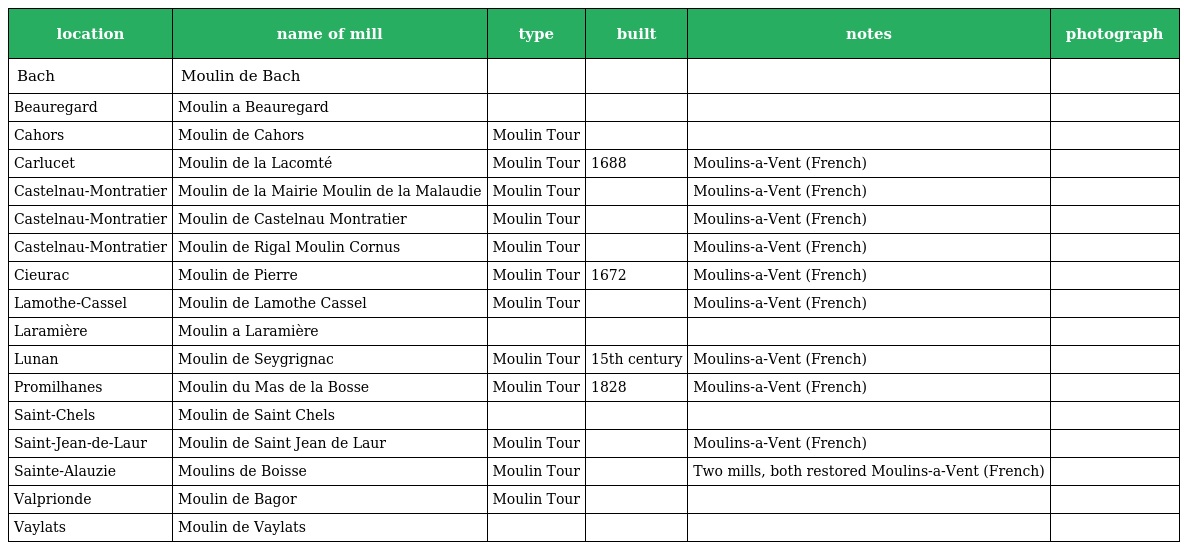
| location | name of mill | type | built | notes | photograph |
 | --- | --- | --- | --- | --- | --- |
 | Bach | Moulin de Bach |  |  |  |  |
 | Beauregard | Moulin a Beauregard |  |  |  |  |
 | Cahors | Moulin de Cahors | Moulin Tour |  |  |  |
 | Carlucet | Moulin de la Lacomté | Moulin Tour | 1688 | Moulins-a-Vent (French) |  |
 | Castelnau-Montratier | Moulin de la Mairie Moulin de la Malaudie | Moulin Tour |  | Moulins-a-Vent (French) |  |
 | Castelnau-Montratier | Moulin de Castelnau Montratier | Moulin Tour |  | Moulins-a-Vent (French) |  |
 | Castelnau-Montratier | Moulin de Rigal Moulin Cornus | Moulin Tour |  | Moulins-a-Vent (French) |  |
 | Cieurac | Moulin de Pierre | Moulin Tour | 1672 | Moulins-a-Vent (French) |  |
 | Lamothe-Cassel | Moulin de Lamothe Cassel | Moulin Tour |  | Moulins-a-Vent (French) |  |
 | Laramière | Moulin a Laramière |  |  |  |  |
 | Lunan | Moulin de Seygrignac | Moulin Tour | 15th century | Moulins-a-Vent (French) |  |
 | Promilhanes | Moulin du Mas de la Bosse | Moulin Tour | 1828 | Moulins-a-Vent (French) |  |
 | Saint-Chels | Moulin de Saint Chels |  |  |  |  |
 | Saint-Jean-de-Laur | Moulin de Saint Jean de Laur | Moulin Tour |  | Moulins-a-Vent (French) |  |
 | Sainte-Alauzie | Moulins de Boisse | Moulin Tour |  | Two mills, both restored Moulins-a-Vent (French) |  |
 | Valprionde | Moulin de Bagor | Moulin Tour |  |  |  |
 | Vaylats | Moulin de Vaylats |  |  |  |  |